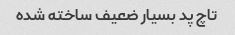
تاچ پد بسیار ضعیف ساخته شده